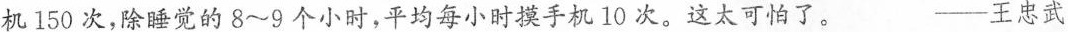
机150次，除睡觉的8~9个小时，平均每小时摸手机10次。这太可怕了。 ——王忠武